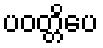
ပဝတ္တိပေ